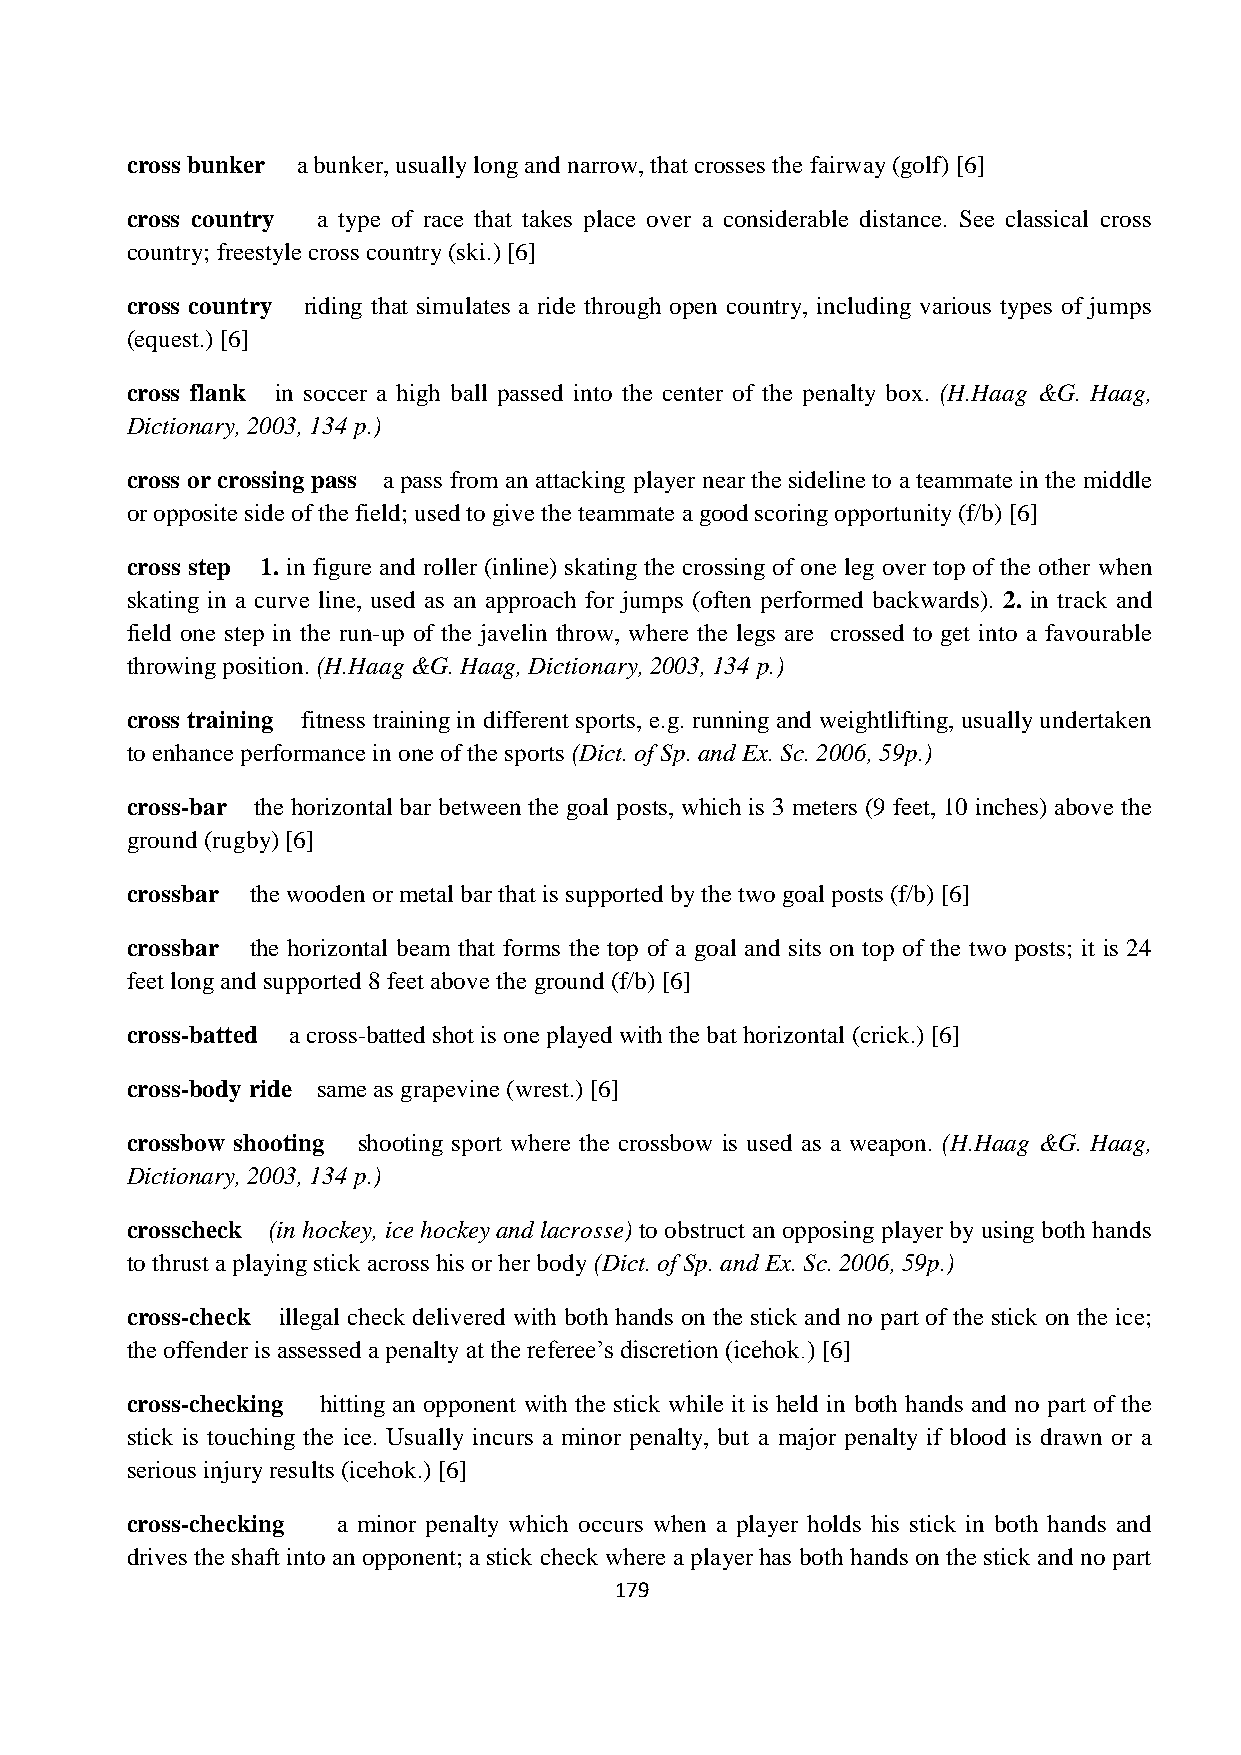
cross bunker a bunker, usually long and narrow, that crosses the fairway (golf) [6]
 cross country a type of race that takes place over a considerable distance. See classical cross
 country; freestyle cross country (ski.) [6]
 cross country riding that simulates a ride through open country, including various types of jumps
 (equest.) [6]
 cross flank in soccer a high ball passed into the center of the penalty box. (H.Haag &G. Haag,
 Dictionary, 2003, 134 p.)
 cross or crossing pass a pass from an attacking player near the sideline to a teammate in the middle
 or opposite side of the field; used to give the teammate a good scoring opportunity (f/b) [6]
 cross step 1. in figure and roller (inline) skating the crossing of one leg over top of the other when
 skating in a curve line, used as an approach for jumps (often performed backwards). 2. in track and
 field one step in the run-up of the javelin throw, where the legs are crossed to get into a favourable
 throwing position. (H.Haag &G. Haag, Dictionary, 2003, 134 p.)
 cross training fitness training in different sports, e.g. running and weightlifting, usually undertaken
 to enhance performance in one of the sports (Dict. of Sp. and Ex. Sc. 2006, 59p.)
 cross-bar the horizontal bar between the goal posts, which is 3 meters (9 feet, 10 inches) above the
 ground (rugby) [6]
 crossbar the wooden or metal bar that is supported by the two goal posts (f/b) [6]
 crossbar the horizontal beam that forms the top of a goal and sits on top of the two posts; it is 24
 feet long and supported 8 feet above the ground (f/b) [6]
 cross-batted a cross-batted shot is one played with the bat horizontal (crick.) [6]
 cross-body ride same as grapevine (wrest.) [6]
 crossbow shooting shooting sport where the crossbow is used as a weapon. (H.Haag &G. Haag,
 Dictionary, 2003, 134 p.)
 crosscheck (in hockey, ice hockey and lacrosse) to obstruct an opposing player by using both hands
 to thrust a playing stick across his or her body (Dict. of Sp. and Ex. Sc. 2006, 59p.)
 cross-check illegal check delivered with both hands on the stick and no part of the stick on the ice;
 the offender is assessed a penalty at the referee’s discretion (icehok.) [6]
 cross-checking hitting an opponent with the stick while it is held in both hands and no part of the
 stick is touching the ice. Usually incurs a minor penalty, but a major penalty if blood is drawn or a
 serious injury results (icehok.) [6]
 cross-checking a minor penalty which occurs when a player holds his stick in both hands and
 drives the shaft into an opponent; a stick check where a player has both hands on the stick and no part
 179